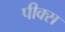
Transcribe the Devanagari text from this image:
पीक्स